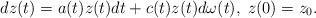
LaTeX: \begin{align*}dz(t) = a(t)z(t)dt + c(t)z(t)d\omega(t), \; z(0) = z_0.\end{align*}